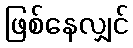
ဖြစ်နေလျှင်